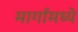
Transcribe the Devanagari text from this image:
मार्गांमध्ये